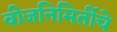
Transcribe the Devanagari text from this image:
वीजनिमिर्तीचे